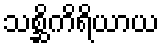
သစ္ဆိကိရိယာယ